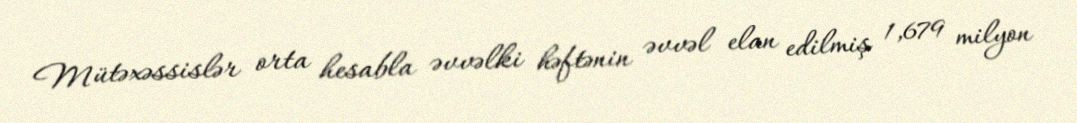
Mütəxəssislər orta hesabla əvvəlki həftənin əvvəl elan edilmiş 1,679 milyon